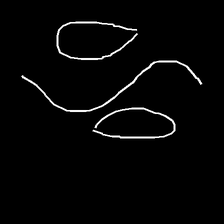
Glyph: water